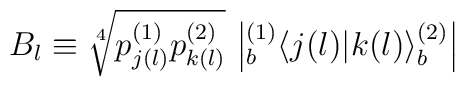
B_l \equiv  \sqrt[4]{p^{(1)}_{j(l)} p^{(2)}_{k(l)}}\,\left| { }^{(1)}_b \! \left\langle {j(l)}|{k(l)}\right\rangle^{(2)}_b \right|